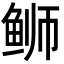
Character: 𫚕